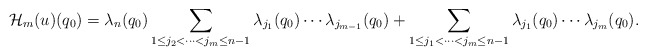
\begin{align*} \mathcal{H}_m(u)(q_0) = \lambda_{n}(q_0) \sum\limits_{1\leq j_2<\dots<j_m\leq n-1}\lambda_{j_1}(q_0) \cdots\lambda_{j_{m-1}}(q_0)+ \sum\limits_{1\leq j_1<\dots<j_m\leq n-1}\lambda_{j_1}(q_0)\cdots\lambda_{j_m}(q_0). \end{align*}